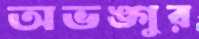
অভঙ্গুর